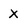
Character: x